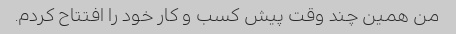
من همین چند وقت پیش کسب و کار خود را افتتاح کردم.